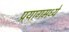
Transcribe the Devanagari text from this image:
प्रयागमध्ये